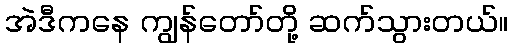
အဲဒီကနေ ကျွန်တော်တို့ ဆက်သွားတယ်။